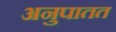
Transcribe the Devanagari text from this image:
अनुपातत